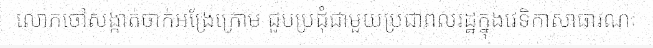
លោកចៅសង្កាត់ចាក់អង្រែក្រោម ជួបប្រជុំជាមួយប្រជាពលរដ្ឋក្នុងវេទិកាសាធារណៈ